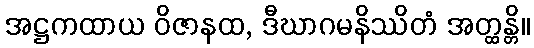
အဋ္ဌကထာယ ဝိဇာနထ, ဒီဃာဂမနိဿိတံ အတ္ထန္တိ။